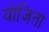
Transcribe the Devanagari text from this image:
योजितां